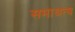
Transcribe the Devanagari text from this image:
समाश्रत्य